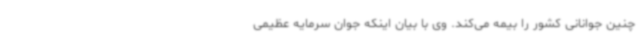
چنین جوانانی کشور را بیمه می‌کند. وی با بیان اینکه جوان سرمایه عظیمی